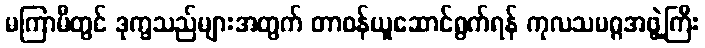
မကြာမီတွင် ဒုက္ခသည်များအတွက် တာဝန်ယူဆောင်ရွက်ရန် ကုလသမဂ္ဂအဖွဲ့ကြီး